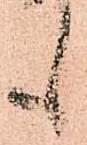
も